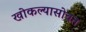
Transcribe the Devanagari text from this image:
खोकल्यासोबत